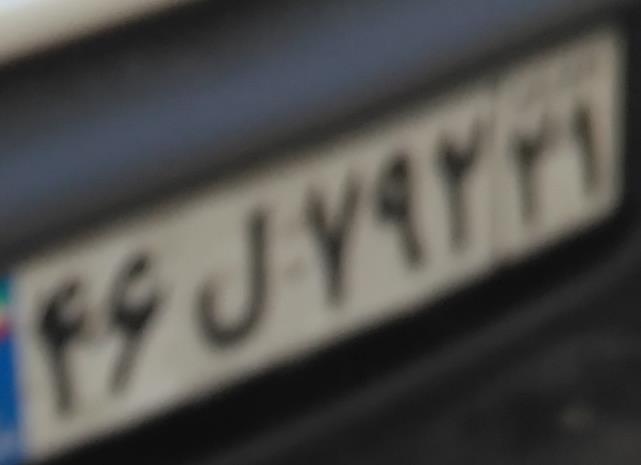
۴۶ل۷۹۲۲۱